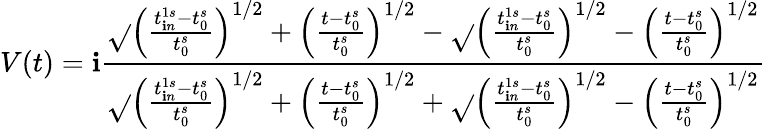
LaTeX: V(t)=\mathbf{i}\frac{{\sqrt{}{{\left(\frac{{t_{\mathbf{i}n}^{1s}-t_{0}^{s}}}{{t_{0}^{s}}}\right)^{1/2}+\left(\frac{{t-t_{0}^{s}}}{{t_{0}^{s}}}\right)^{1/2}}}-\sqrt{}{{\left(\frac{{t_{\mathbf{i}n}^{1s}-t_{0}^{s}}}{{t_{0}^{s}}}\right)^{1/2}-\left(\frac{{t-t_{0}^{s}}}{{t_{0}^{s}}}\right)^{1/2}}}}}{{\sqrt{}{{\left(\frac{{t_{\mathbf{i}n}^{1s}-t_{0}^{s}}}{{t_{0}^{s}}}\right)^{1/2}+\left(\frac{{t-t_{0}^{s}}}{{t_{0}^{s}}}\right)^{1/2}}}+\sqrt{}{{\left(\frac{{t_{\mathbf{i}n}^{1s}-t_{0}^{s}}}{{t_{0}^{s}}}\right)^{1/2}-\left(\frac{{t-t_{0}^{s}}}{{t_{0}^{s}}}\right)^{1/2}}}}}